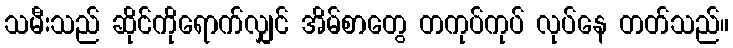
သမီးသည် ဆိုင်ကိုရောက်လျှင် အိမ်စာတွေ တကုပ်ကုပ် လုပ်နေ တတ်သည်။